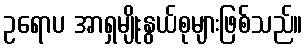
ဥရောပ အာရှမျိုးနွယ်စုများဖြစ်သည်။